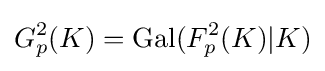
G_{p}^{2}(K)=\mathrm {Gal} (F_{p}^{2}(K)|K)